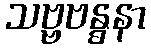
သဗ္ဗဗန္ဓနာ